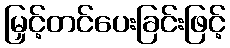
မြှင့်တင်ပေးခြင်းဖြင့်